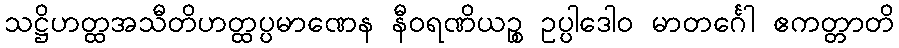
သဋ္ဌိဟတ္ထအသီတိဟတ္ထပ္ပမာဏေန နီဝရဏိယဉ္စ ဥပ္ပါဒေါဝ မာတင်္ဂေါ ဧကတ္တာတိ